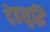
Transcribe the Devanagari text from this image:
देहशुद्धि